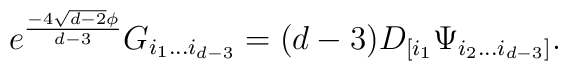
e^{\frac{-4 \sqrt{d-2}\phi}{d-3}}G_{i_{1}...i_{d-3}} = (d-3) D_{[i_{1}}\Psi_{i_{2}...i_{d-3}]}.